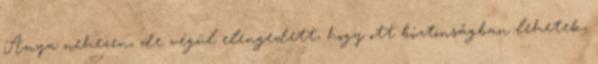
Anya nehezen, de végül elengedett, hogy ott biztonságban lehetek,